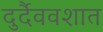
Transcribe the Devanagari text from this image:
दुर्दैववशात